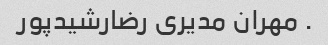
. مهران مدیری رضارشیدپور